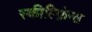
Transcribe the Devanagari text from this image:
स्कील्फ़िंग्स